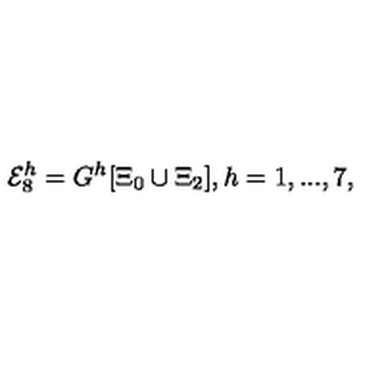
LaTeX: { \cal E } _ { 8 } ^ { h } = G ^ { h } [ \Xi _ { 0 } \cup \Xi _ { 2 } ] , h = 1 , . . . , 7 ,